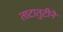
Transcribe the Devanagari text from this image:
ताटातुटीने